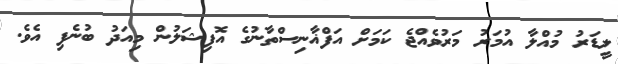
ލީޑަރު މުއްލާ އުމަރު މަރުވެއްޖެ ކަމަށް އަފްޣާނިސްތާނުގެ އޮފިޝަލުން މިއަދު ބުނެފި އެވެ.